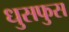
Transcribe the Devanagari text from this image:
धुसफुस